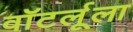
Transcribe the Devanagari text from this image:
वॉटर्लूला